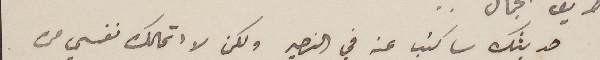
حديثك ساكتب عنه في النصير ولكن لا اتمالك نفسي من